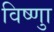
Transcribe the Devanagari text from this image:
विष्णुा